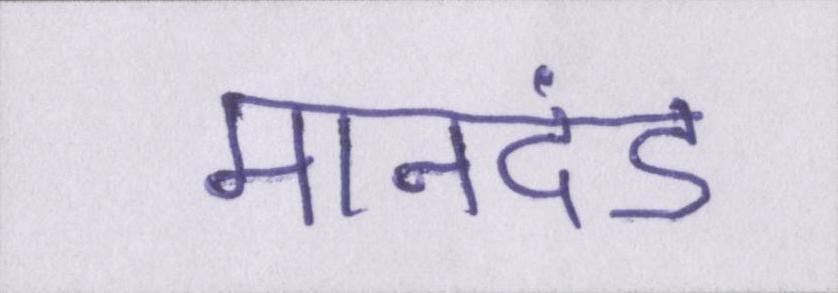
मानदंड